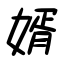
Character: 婿